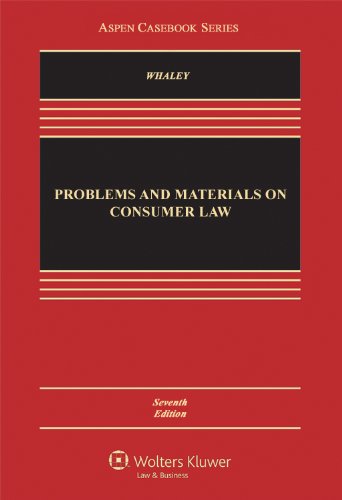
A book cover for Problems and Materials on Consumer Law, Seventh Edition (Aspen Casebook); Douglas J. Whaley; Law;